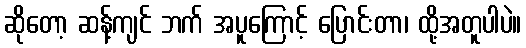
ဆိုတော့ ဆန့်ကျင် ဘက် အပူကြောင့် ပြောင်းတာ၊ ထို့အတူပါပဲ။